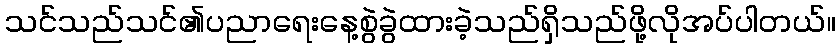
သင်သည်သင်၏ပညာရေးနေ့စွဲခွဲထားခဲ့သည်ရှိသည်ဖို့လိုအပ်ပါတယ်။